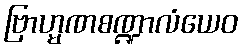
ဗြာဟ္မဏစဏ္ဍာလံယေဝ